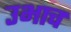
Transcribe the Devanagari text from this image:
उभाच